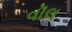
વૉલ